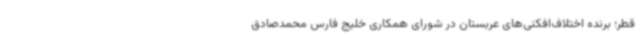
قطر؛ برنده اختلاف‌افکنی‌های عربستان در شورای همکاری خلیج فارس محمدصادق